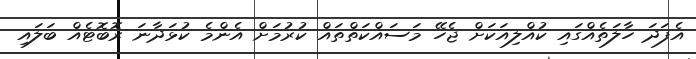
އެފަދަ ހާލަތެއްގައި ކުއްލިއަކަށް ޖެހޭ މަސައްކަތްތައް ކުރުމަށް އެންމެ ކުޅަދާނަ ރޮބޮޓެއް ބަލައި